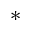
*